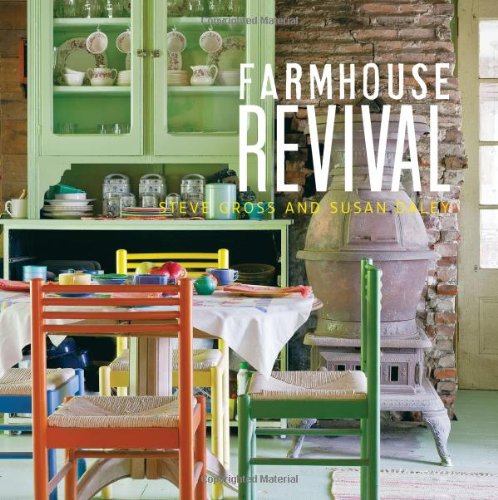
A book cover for Farmhouse Revival; Sue Daley; Arts & Photography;